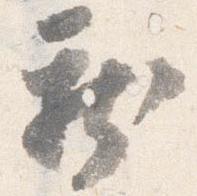
新